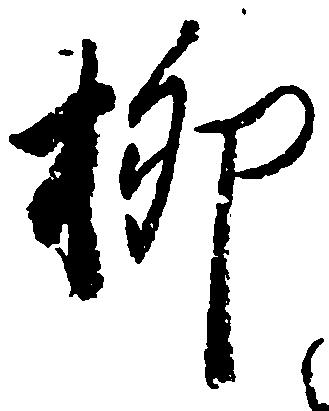
柳